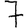
Digit: 7